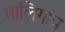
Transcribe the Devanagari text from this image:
मालिगांव